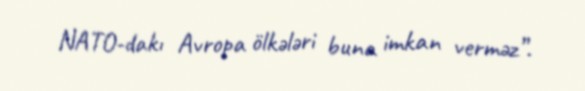
NATO-dakı Avropa ölkələri buna imkan verməz”.